Scottish Leaving Certificate Examination, 1958
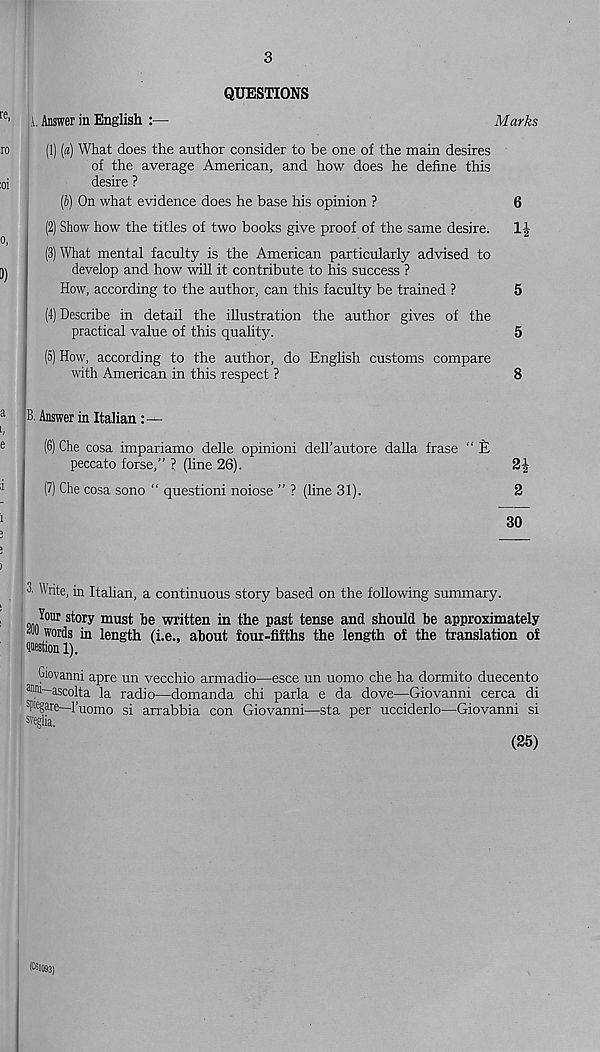
3
QUESTIONS
ji, Answer in English
Marks
(1) (a) What does the author consider to be one of the main desires
of the average American, and how does he define this
desire ?
(b) On what evidence does he base his opinion ?
6
(2) Show how the titles of two books give proof of the same desire. 1|
(3) What mental faculty is the American particularly advised to
develop and how will it contribute to his success ?
How, according to the author, can this faculty be trained ?
5
(4) Describe in detail the illustration the author gives of the
practical value of this quality.
5
(5) How, according to the author, do English customs compare
with American in this respect ?
8
B, Answer in Italian:—
(6) Che cosa impariamo delle opinioni dell’autore dalla frase “ £
peccato forse,” ? (line 26).
(7) Che cosa sono “ questioni noiose ” ? (line 31).
2
30
3' Write, in Italian, a continuous story based on the following summary.
, J our story must be written in the past tense and should be approximately
words in length (i.e., about four-fifths the length of the translation of
question 1).
Giovanni apre un vecchio armadio
ueni ascolta la radio—domanda
epKgare—1’uomo si arrabbia con
sv eglia.
esce un uomo che ha dormito duecento
chi parla e da dove—Giovanni cerca di
Giovanni—sta per ucciderlo—Giovanni si
(25)